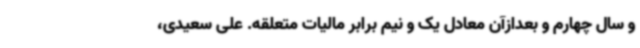
و سال چهارم و بعدازآن معادل یک و نیم برابر مالیات متعلقه. علی سعیدی،